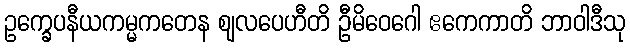
ဥက္ခေပနီယကမ္မကတေန ဈလပေဟီတိ ဦမိဝေဂေါ ဧကေကာတိ ဘာဝါဒီသု